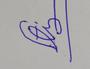
Signature authenticity: forged